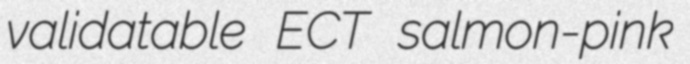
validatable ECT salmon-pink